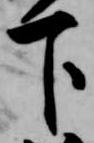
下